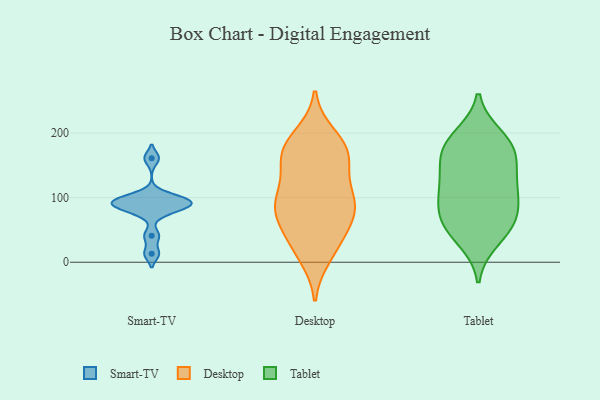
{"axis": {"x": "Demand Index", "y": "Value"}, "legend": ["Desktop", "Smart-TV", "Tablet"], "data": [{"x": "", "y": 13, "type": "Smart-TV"}, {"x": "", "y": 87, "type": "Smart-TV"}, {"x": "", "y": 89, "type": "Smart-TV"}, {"x": "", "y": 76, "type": "Smart-TV"}, {"x": "", "y": 97, "type": "Smart-TV"}, {"x": "", "y": 102, "type": "Smart-TV"}, {"x": "", "y": 41, "type": "Smart-TV"}, {"x": "", "y": 161, "type": "Smart-TV"}, {"x": "", "y": 87, "type": "Smart-TV"}, {"x": "", "y": 96, "type": "Smart-TV"}, {"x": "", "y": 100, "type": "Desktop"}, {"x": "", "y": 159, "type": "Desktop"}, {"x": "", "y": 89, "type": "Desktop"}, {"x": "", "y": 24, "type": "Desktop"}, {"x": "", "y": 57, "type": "Desktop"}, {"x": "", "y": 105, "type": "Desktop"}, {"x": "", "y": 91, "type": "Desktop"}, {"x": "", "y": 140, "type": "Desktop"}, {"x": "", "y": 62, "type": "Desktop"}, {"x": "", "y": 177, "type": "Desktop"}, {"x": "", "y": 83, "type": "Desktop"}, {"x": "", "y": 169, "type": "Desktop"}, {"x": "", "y": 195, "type": "Desktop"}, {"x": "", "y": 176, "type": "Desktop"}, {"x": "", "y": 168, "type": "Desktop"}, {"x": "", "y": 29, "type": "Desktop"}, {"x": "", "y": 10, "type": "Desktop"}, {"x": "", "y": 84, "type": "Desktop"}, {"x": "", "y": 124, "type": "Tablet"}, {"x": "", "y": 99, "type": "Tablet"}, {"x": "", "y": 170, "type": "Tablet"}, {"x": "", "y": 62, "type": "Tablet"}, {"x": "", "y": 34, "type": "Tablet"}, {"x": "", "y": 111, "type": "Tablet"}, {"x": "", "y": 90, "type": "Tablet"}, {"x": "", "y": 69, "type": "Tablet"}, {"x": "", "y": 150, "type": "Tablet"}, {"x": "", "y": 190, "type": "Tablet"}, {"x": "", "y": 126, "type": "Tablet"}, {"x": "", "y": 65, "type": "Tablet"}, {"x": "", "y": 168, "type": "Tablet"}, {"x": "", "y": 195, "type": "Tablet"}, {"x": "", "y": 177, "type": "Tablet"}, {"x": "", "y": 46, "type": "Tablet"}]}